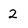
Character: 2